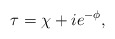
\begin{align*}\tau = \chi + i e^{-\phi},\end{align*}